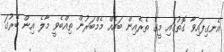
އެނގިފައިވާ ގޮތުގައި މީގެ ތެރެއިން ބައެއް މެމްބަރުން ތިއްބެވީ މާލެ އިން ބޭރުގަ